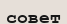
совет